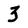
Character: 3